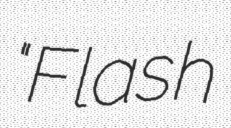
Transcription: "Flash